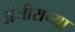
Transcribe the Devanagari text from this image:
अंजीराच्या